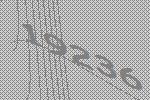
19236